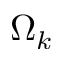
\Omega _ { k }